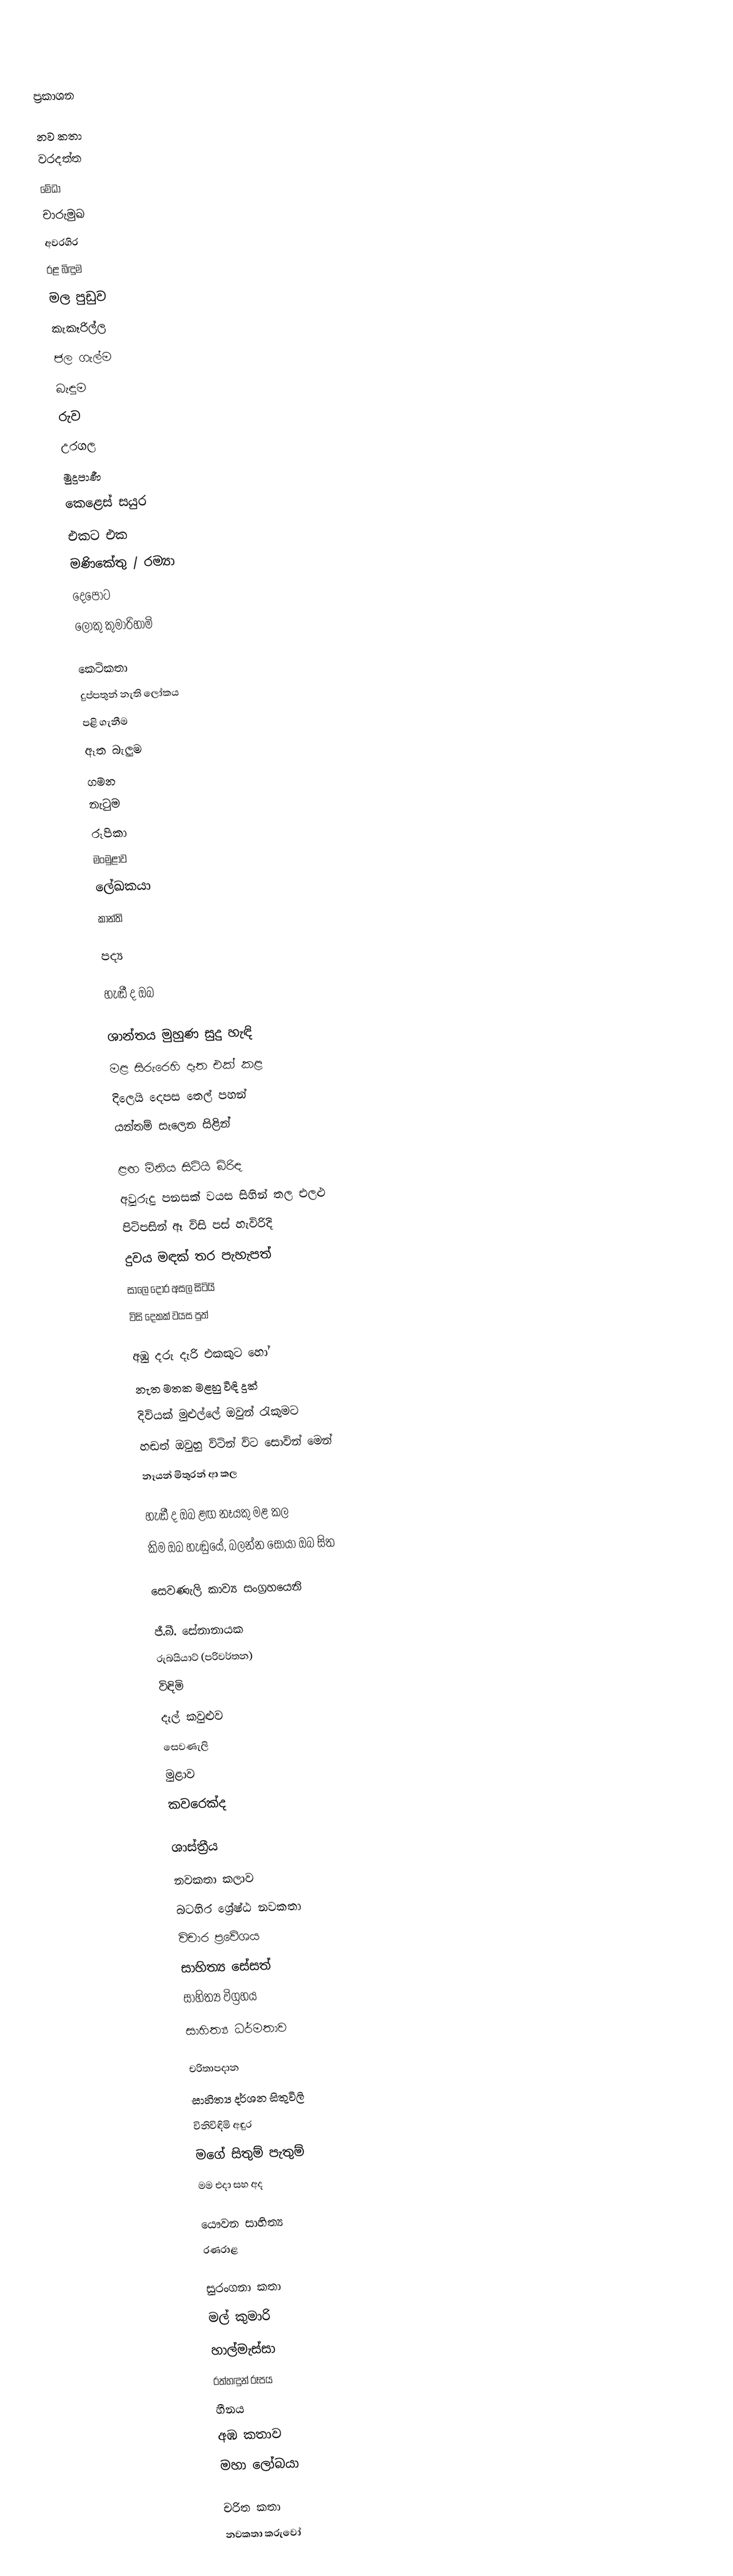

ප්‍රකාශන

නව කතා
 වරදත්ත
 මේධා
 චාරුමුඛ
 අවරගිර
 රළ බිඳුම
 මල පුඩුව
 කැකෑරිල්ල
 ජල ගැල්ම
 බැඳුම
 රුව
 උරගල
 මුදුපාණී
 කෙළෙස් සයුර
 එකට එක
 මණිකේතු / රම්‍යා
 දෙපොට
 ලොකු කුමාරිහාමි

කෙටිකතා
 දුප්පතුන් නැති ලෝකය
 පළි ගැනීම
 ඈත බැලුම
 ගමන
 නැටුම
 රූපිකා
 මංමුළාව
 ‍ලේඛකයා
 කාන්ති

පද්‍ය

 හැඬී ද ඔබ

 ශාන්තය මුහුණ සුදු හැඳි
 මළ සිරුරෙහි දෑත එක් කළ
 දිලෙයි දෙපස තෙල් පහන්
 යන්තම් සැලෙන සිළින්

 ළඟ මිනිය සිටියි බිරිඳ
 අවුරුදු පනසක් වයස සිහින් තල එලළු
 පිටිපසින් ඈ විසි පස් හැවිරිදි
 දුවය මඳක් තර පැහැපත්
 සාලෙ දොර අසල සිටියි
 විසි දෙකක් වයස පුත්

 අඹු දරු දැරි එකකුට හෝ
 නැත මතක මළහු විඳි දුක්
 දිවියක් මුළුල්ලේ ඔවුන් රැකුමට
 හඬත් ඔවුහු විටින් විට සොවින් මෙන්
 නෑයන් මිතුරන් ආ කල

 හැඬී ද ඔබ ළඟ නෑයකු මළ කල
 කිම ඔබ හැඬුයේ, බලන්න සොයා ඔබ සිත

 සෙවණැලි කාව්‍ය සංග්‍රහයෙනි

 ජී.බී. සේනානායක
 රුබයියාට් (පරිවර්තන)
 විඳිමි
 දැල් කවුළුව
 සෙවණැලි
 මුළාව
 කවරෙක්ද

ශාස්ත්‍රීය
 නවකතා කලාව
 බටහිර ශ්‍රේෂ්ඨ නවකතා
 විචාර ප්‍රවේශය
 සාහිත්‍ය සේසත්
 සාහිත්‍ය විග්‍රහය
 සාහිත්‍ය ධර්මතාව

චරිතාපදාන
 සාහිත්‍ය දර්ශන සිතුවිලි
 විනිවිඳිමි අඳුර
 මගේ සිතුම් පැතුම්
 මම එදා සහ අද

යෞවන සාහිත්‍ය
 රණරාළ

සුරංගනා කතා
 මල් කුමාරි
 හාල්මැස්සා
 රත්හඳුන් රූපය
 හීනය
 අඹ කතාව
 මහා ‍ලෝබයා

චරිත කතා
නවකතා කරුවෝ